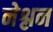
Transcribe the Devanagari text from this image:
नेश्लन